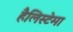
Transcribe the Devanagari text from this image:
हैलिस्टेमा